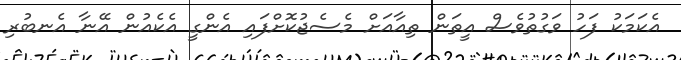
އެކަމަކު ފަހު ވަގުތުވެސް އީތަން ތިއާއަށް މެސެޖުކޮށްފައި އެންގީ އެކެއުން އޭނާ އެނބުރި